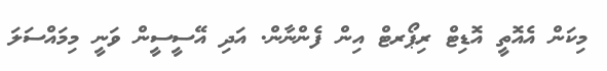
މިކަން އެއޮތީ އޮޑިޓް ރިޕޯރޓް އިން ފެންނާން. އަދި އޭސީސީން ވަނީ މިމައްސަލަ